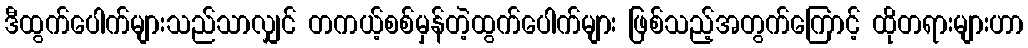
ဒီထွက်ပေါက်များသည်သာလျှင် တကယ့်စစ်မှန်တဲ့ထွက်ပေါက်များ ဖြစ်သည့်အတွက်ကြောင့် ထိုတရားများဟာ